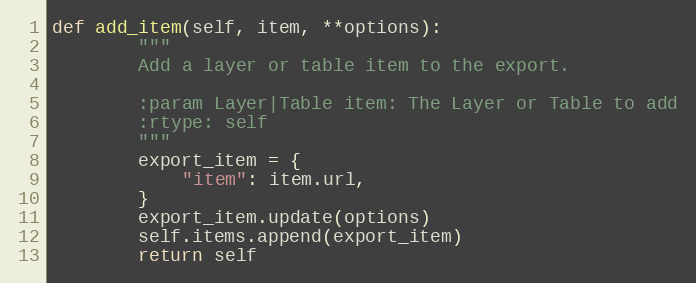
Language: Python
def add_item(self, item, **options):
        """
        Add a layer or table item to the export.

        :param Layer|Table item: The Layer or Table to add
        :rtype: self
        """
        export_item = {
            "item": item.url,
        }
        export_item.update(options)
        self.items.append(export_item)
        return self